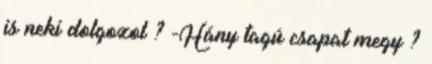
is neki dolgozol ? -Hány tagú csapat megy ?